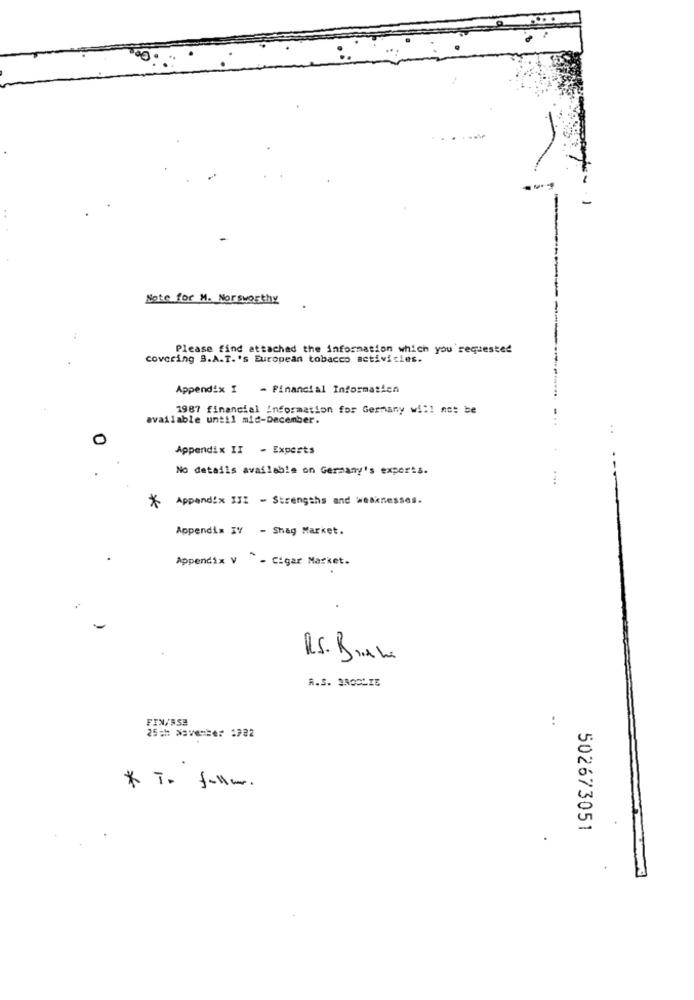
Note for M. Norsworthy
Please find attached the information which you'requested
covering S.A.T.'s European tobacco activities.
Appendix I - Financial Information
1987 financial information for Germany will not be
available until mic-December.
..
0
Appendix II - Experts
No details available on Germany's experts.
* Appendix III - Strengths and weaknesses.
Appendix IV - Shag Market.
Appendix V - Cigar Market.
RS. BRAhi
A.S. SAOGLZE
FIN/553
..
25th November 1982
* i. fullw.
502673051